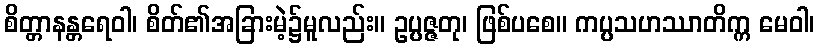
စိတ္တာနန္တရေဝါ၊ စိတ်၏အခြားမဲ့၌မူလည်း။ ဥပ္ပဇ္ဇတု၊ ဖြစ်ပစေ။ ကပ္ပသဟဿာတိက္က မေဝါ၊